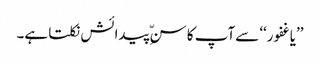
’’یاغفور‘‘ سےآپ کا سنِّ پیدائش نکلتا ہے۔